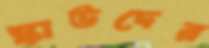
স্কাউদের